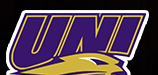
UNI